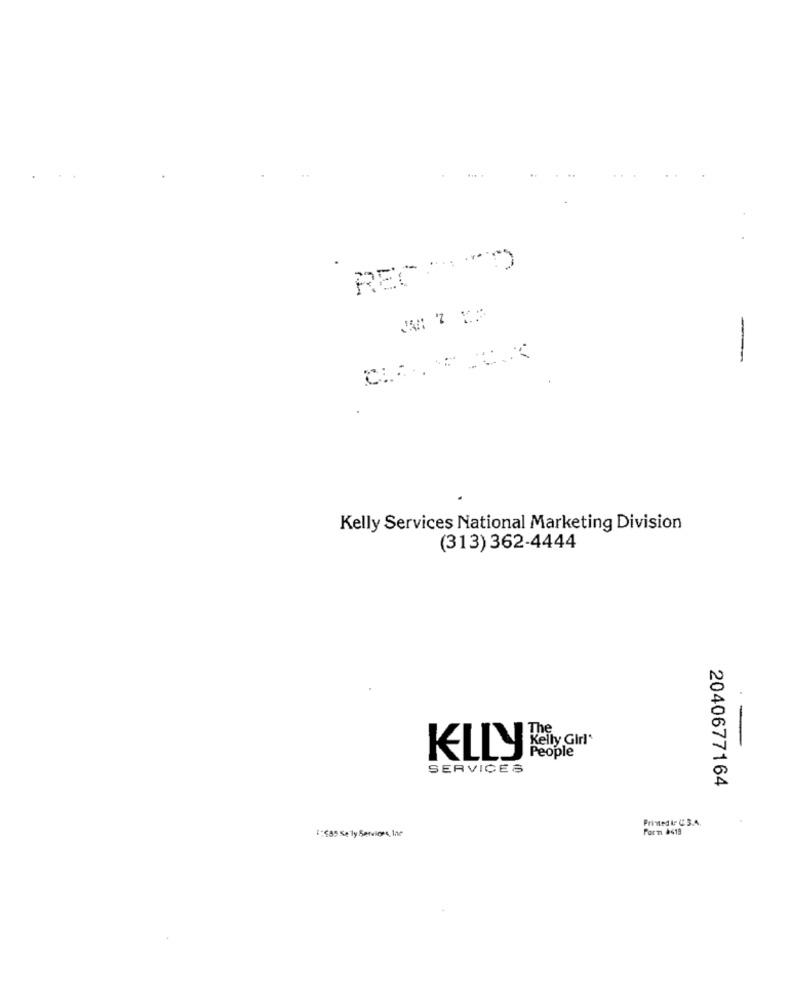
RECA""
--
Kelly Services National Marketing Division
(313) 362-4444
The
People
SERVICES
2040677164
Printed t. C.3.4.
1:495 Se ly Services, Ine
Form $619